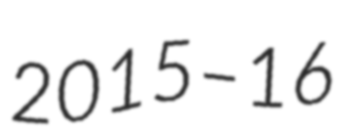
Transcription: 2015–16